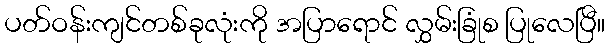
ပတ်ဝန်းကျင်တစ်ခုလုံးကို အပြာရောင် လွှမ်းခြုံစ ပြုလေပြီ။